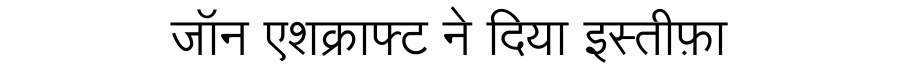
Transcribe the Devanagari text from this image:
जॉन एशक्राफ्ट ने दिया इस्तीफ़ा